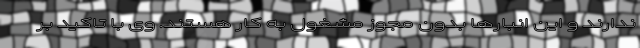
ندارند و این انبارها بدون مجوز مشغول به کار هستند. وی با تاکید بر